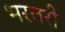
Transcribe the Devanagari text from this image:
भरतरी